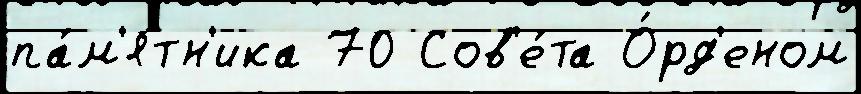
па́м'ятн'ика 70 Сов'е́та О́рд'еном